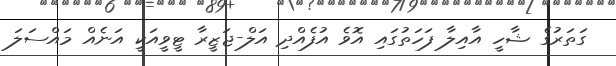
ގަތަރުގެ ޝާހީ އާއިލާ ފަހަތުގައި އޮވެ އުފެއްދި އަލް-ޖަޒީރާ ޓީވީއަކީ އަނެއް މައްސަލަ